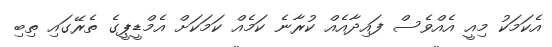
އެކަމަކު މިއީ އެއްވެސް ފައިދާއެއް ކުރާނެ ކަމެއް ކަމަކަށް އެމްޑީޕީގެ ތެރޭގައި ތިބި